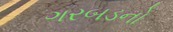
ગરબડનો